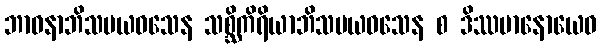
ဘာဝနာဘိသမယဝသေန သစ္ဆိကိရိယာဘိသမယဝသေန စ ဒိဿမာနောယေဝ